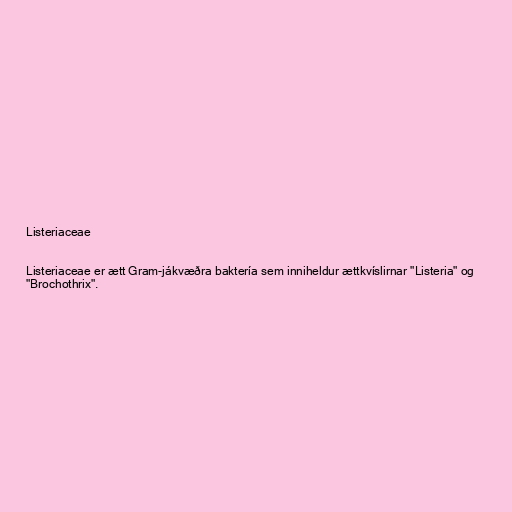
Listeriaceae

Listeriaceae er ætt Gram-jákvæðra baktería sem inniheldur ættkvíslirnar "Listeria" og
"Brochothrix".